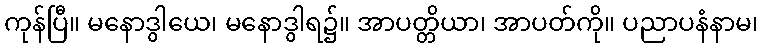
ကုန်ပြီ။ မနောဒွါယေ၊ မနောဒွါရ၌။ အာပတ္တိယာ၊ အာပတ်ကို။ ပညာပနံနာမ၊